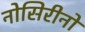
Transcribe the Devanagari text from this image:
नोसिरीनो